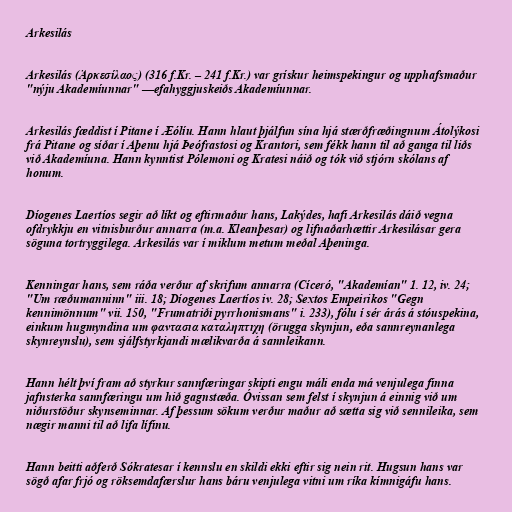
Arkesilás

Arkesilás (Ἀρκεσίλαος) (316 f.Kr. – 241 f.Kr.) var grískur heimspekingur og upphafsmaður
"nýju Akademíunnar" —efahyggjuskeiðs Akademíunnar.

Arkesilás fæddist í Pitane í Æólíu. Hann hlaut þjálfun sína hjá stærðfræðingnum Átolýkosi
frá Pitane og síðar í Aþenu hjá Þeófrastosi og Krantori, sem fékk hann til að ganga til liðs
við Akademíuna. Hann kynntist Pólemoni og Kratesi náið og tók við stjórn skólans af
honum.

Díogenes Laertíos segir að líkt og eftirmaður hans, Lakýdes, hafi Arkesilás dáið vegna
ofdrykkju en vitnisburður annarra (m.a. Kleanþesar) og lifnaðarhættir Arkesilásar gera
söguna tortryggilega. Arkesilás var í miklum metum meðal Aþeninga.

Kenningar hans, sem ráða verður af skrifum annarra (Cíceró, "Akademían" 1. 12, iv. 24;
"Um ræðumanninn" iii. 18; Díogenes Laertíos iv. 28; Sextos Empeirikos "Gegn
kennimönnum" vii. 150, "Frumatriði pyrrhonismans" i. 233), fólu í sér árás á stóuspekina,
einkum hugmyndina um φαντασια καταληπτιχη (örugga skynjun, eða sannreynanlega
skynreynslu), sem sjálfstyrkjandi mælikvarða á sannleikann.

Hann hélt því fram að styrkur sannfæringar skipti engu máli enda má venjulega finna
jafnsterka sannfæringu um hið gagnstæða. Óvissan sem felst í skynjun á einnig við um
niðurstöður skynseminnar. Af þessum sökum verður maður að sætta sig við sennileika, sem
nægir manni til að lifa lífinu.

Hann beitti aðferð Sókratesar í kennslu en skildi ekki eftir sig nein rit. Hugsun hans var
sögð afar frjó og röksemdafærslur hans báru venjulega vitni um ríka kímnigáfu hans.